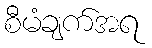
စီမံချက်အရ